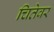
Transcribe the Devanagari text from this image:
चितेवर